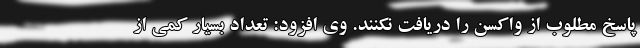
پاسخ مطلوب از واکسن را دریافت نکنند. وی افزود: تعداد بسیار کمی از